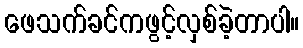
ဖေသက်ခင်ကဖွင့်လှစ်ခဲ့တာပါ။